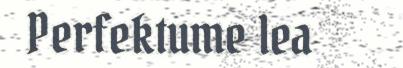
Perfektume lea